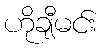
ဟိုချီမင်း